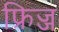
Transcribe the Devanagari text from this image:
फ्रिज्ज